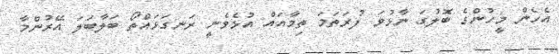
އެހެން މީހުންގެ ބޮލުގަ ނާޅުވަ ފުރަތަމަ ތިމާއައް އުޅެވެނީ ރަނގަޅައްތޯ ބަލާބަލަ އޭރުންމާ